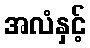
အလံနှင့်